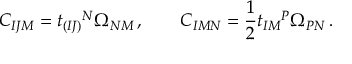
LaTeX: C _ { I J M } = t _ { ( I J ) } { } ^ { N } \Omega _ { N M } \, , \qquad C _ { I M N } = \frac 1 2 t _ { I M } { } ^ { P } \Omega _ { P N } \, .